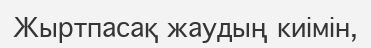
Жыртпасақ жаудың киімін,